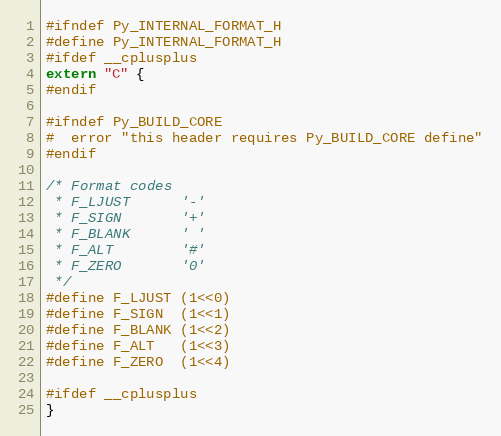
Language: C
#ifndef Py_INTERNAL_FORMAT_H
#define Py_INTERNAL_FORMAT_H
#ifdef __cplusplus
extern "C" {
#endif

#ifndef Py_BUILD_CORE
#  error "this header requires Py_BUILD_CORE define"
#endif

/* Format codes
 * F_LJUST      '-'
 * F_SIGN       '+'
 * F_BLANK      ' '
 * F_ALT        '#'
 * F_ZERO       '0'
 */
#define F_LJUST (1<<0)
#define F_SIGN  (1<<1)
#define F_BLANK (1<<2)
#define F_ALT   (1<<3)
#define F_ZERO  (1<<4)

#ifdef __cplusplus
}